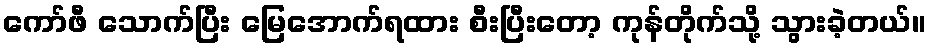
ကော်ဖီ သောက်ပြီး မြေအောက်ရထား စီးပြီးတော့ ကုန်တိုက်သို့ သွားခဲ့တယ်။